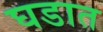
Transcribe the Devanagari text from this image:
घडात